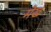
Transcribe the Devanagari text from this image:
मेख